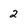
Character: 2